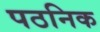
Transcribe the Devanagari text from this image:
पठनिक